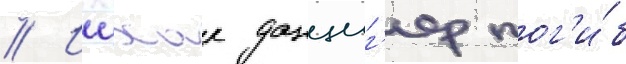
// Ицхак данциг'ер пог'и́б